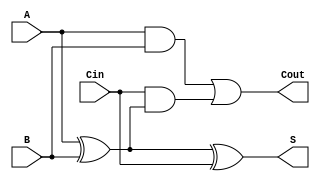
module full_adder (
    input wire A,    // First binary input
    input wire B,    // Second binary input
    input wire Cin,  // Carry input
    output wire S,   // Sum output
    output wire Cout // Carry output
);

// Internal signals
wire A_xor_B;    // Intermediate signal for A xor B

// Sum calculation: S = A  B  Cin
assign A_xor_B = A ^ B; // A XOR B
assign S = A_xor_B ^ Cin; // (A XOR B) XOR Cin

// Carry-out calculation: Cout = (A AND B) OR (Cin AND (A XOR B))
assign Cout = (A & B) | (Cin & A_xor_B); // (A AND B) + (Cin AND (A XOR B))

endmodule